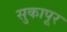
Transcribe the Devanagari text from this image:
सुकापूर